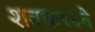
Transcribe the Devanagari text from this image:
शतक१६वे